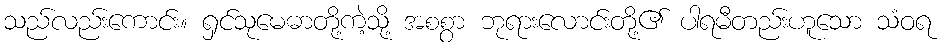
သည်လည်းကောင်း။ ရှင်သုမေဓာတို့ကဲ့သို့ အစစွာ ဘုရားလောင်းတို့၏ ပါရမီတည်းဟူသော သံဝရ